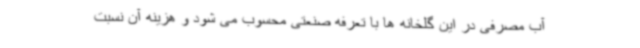
آب مصرفی در این گلخانه ها با تعرفه صنعتی محسوب می شود و هزینه آن نسبت